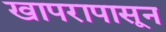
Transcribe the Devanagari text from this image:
खापरापासून